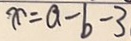
x = a - b - 3